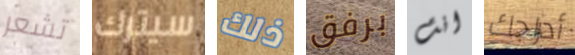
تشعر سيترك ذلك برفق انت أدراجك